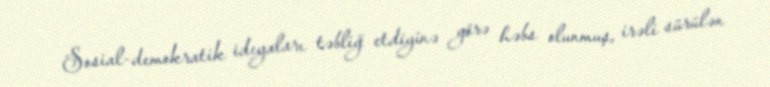
Sosial-demokratik ideyaları təbliğ etdiyinə görə həbs olunmuş, irəli sürülən